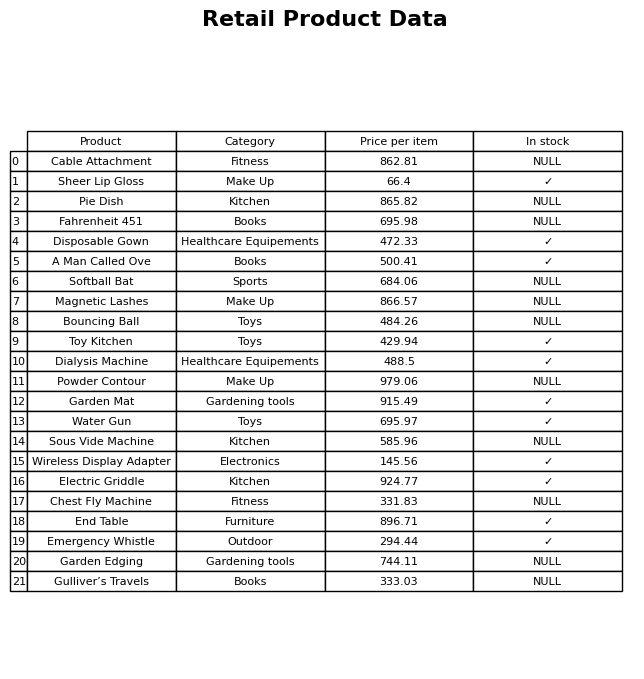
question: Which products are available in stock?
answer: Sheer Lip Gloss, Disposable Gown, A Man Called Ove, Toy Kitchen, Dialysis Machine, Garden Mat, Water Gun, Wireless Display Adapter, Electric Griddle, End Table, Emergency Whistle